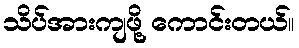
သိပ်အားကျဖို့ ကောင်းတယ်။